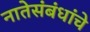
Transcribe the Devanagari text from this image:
नातेसंबंधांचे